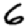
Digit: 6